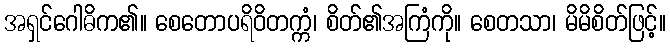
အရှင်ဂေါဓိက၏။ စေတောပရိဝိတက္ကံ၊ စိတ်၏အကြံကို။ စေတသာ၊ မိမိစိတ်ဖြင့်။